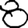
Digit: 8